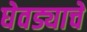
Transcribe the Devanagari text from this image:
घेवड्याचे